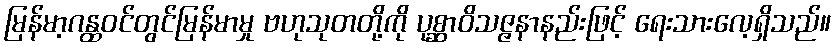
မြန်မာ့ဂန္ထဝင်တွင်မြန်မာမှု ဗဟုသုတတို့ကို ပုစ္ဆာဝိသဇ္ဇနာနည်းဖြင့် ရေးသားလေ့ရှိသည်။